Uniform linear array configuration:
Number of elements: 16
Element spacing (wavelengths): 0.25
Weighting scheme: blackman
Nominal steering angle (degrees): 60
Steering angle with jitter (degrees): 59.354
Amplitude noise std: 0.05
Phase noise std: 0.05

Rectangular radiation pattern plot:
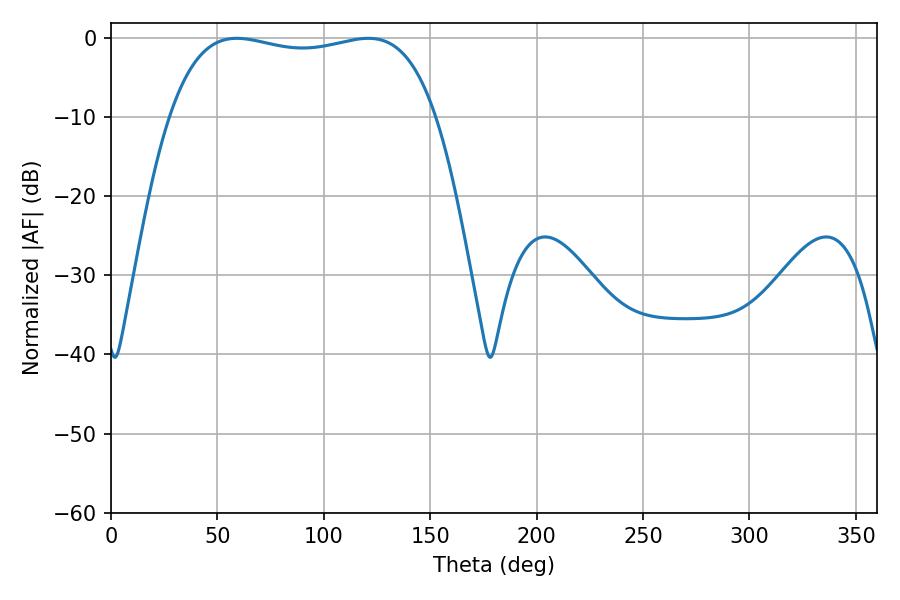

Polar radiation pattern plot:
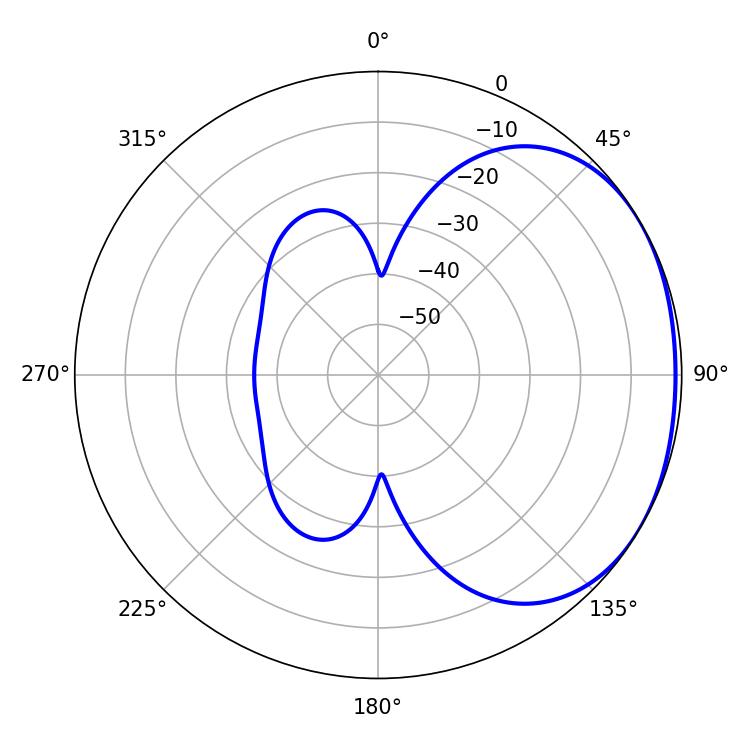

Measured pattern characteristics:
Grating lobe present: FALSE
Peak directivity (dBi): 1.58
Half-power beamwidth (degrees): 100.8
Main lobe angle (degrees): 59.04